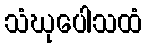
သံဃုပေါသထံ